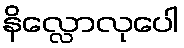
နိလ္လောလုပေါ